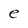
Character: e